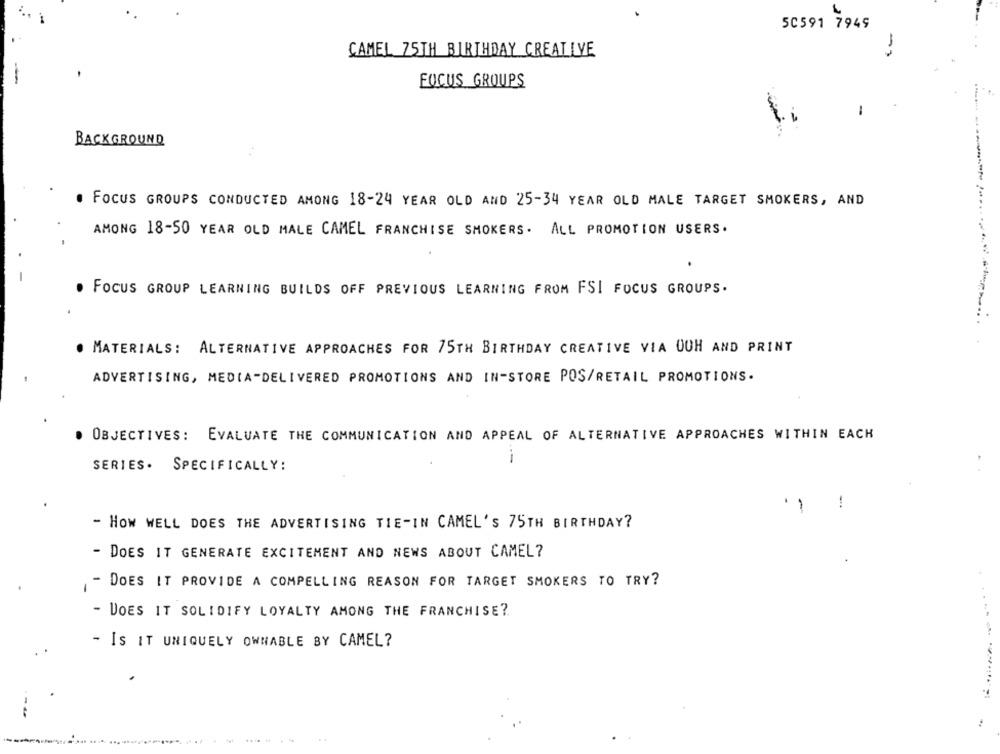
50591 7949
CAMEL 75TH BIRTHDAY CREATIVE
FOCUS GROUPS
-
BACKGROUND
. FOCUS GROUPS CONDUCTED AMONG 18-24 YEAR OLD AND 25-34 YEAR OLD MALE TARGET SMOKERS, AND
AMONG 18-50 YEAR OLD MALE CAMEL FRANCHISE SMOKERS . ALL PROMOTION USERS.
FOCUS GROUP LEARNING BUILDS OFF PREVIOUS LEARNING FROM FSI FOCUS GROUPS.
. MATERIALS: ALTERNATIVE APPROACHES FOR 75TH BIRTHDAY CREATIVE VIA OOH AND PRINT
ADVERTISING, MEDIA-DELIVERED PROMOTIONS AND IN-STORE POS/RETAIL PROMOTIONS.
OBJECTIVES: EVALUATE THE COMMUNICATION AND APPEAL OF ALTERNATIVE APPROACHES WITHIN EACH
--
SERIES. SPECIFICALLY:
-
-
- HOW WELL DOES THE ADVERTISING TIE-IN CAMEL'S 75TH BIRTHDAY?
- DOES IT GENERATE EXCITEMENT AND NEWS ABOUT CAMEL?
- DOES IT PROVIDE A COMPELLING REASON FOR TARGET SMOKERS TO TRY?
- DOES IT SOLIDIFY LOYALTY AMONG THE FRANCHISE?
- IS IT UNIQUELY OWNABLE BY CAMEL?